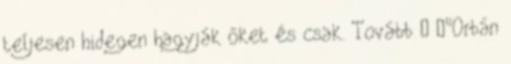
teljesen hidegen hagyják őket és csak. Tovább › ›"Orbán